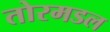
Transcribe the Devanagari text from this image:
तोरमडल